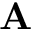
\mathbf { A }